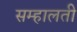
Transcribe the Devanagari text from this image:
सम्हालती